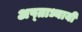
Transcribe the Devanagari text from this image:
अष्ताध्यायी